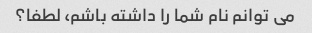
می توانم نام شما را داشته باشم، لطفا؟